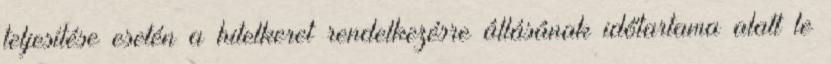
teljesítése esetén a hitelkeret rendelkezésre állásának időtartama alatt le